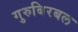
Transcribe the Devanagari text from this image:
गुरुबिरबल